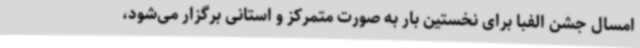
امسال جشن الفبا برای نخستین بار به صورت متمرکز و استانی برگزار می‌شود،